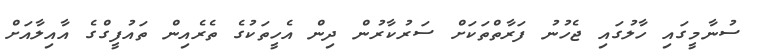
ސުނާމީގައި ހާލުގައި ޖެހުނު ފަރާތްތަކަށް ސަރުކާރުން ދިން އެހީތަކުގެ ތެރެއިން ތައުފީގްގެ އާއިލާއަށް